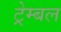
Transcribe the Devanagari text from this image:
ट्रेम्बल